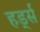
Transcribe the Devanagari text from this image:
हर्ड्स